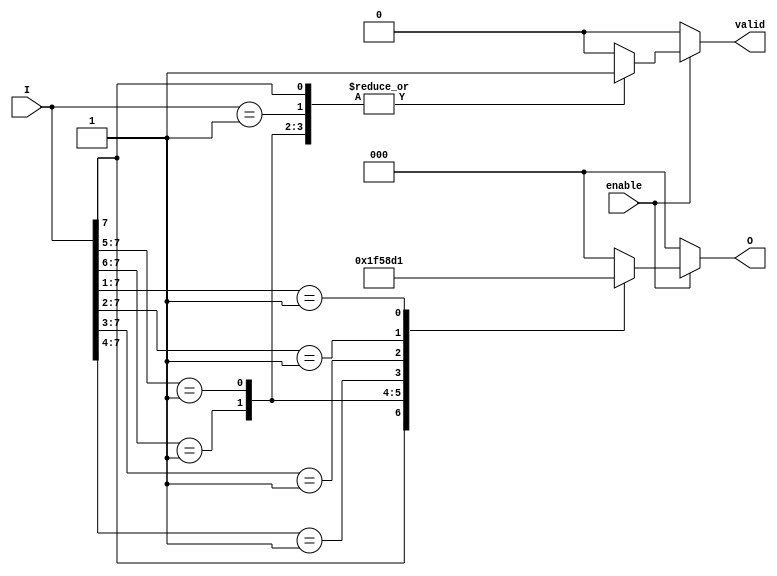
module octal_to_binary_encoder (
    input wire [7:0] I,      // 8-bit octal input
    input wire enable,       // Enable signal
    output reg [2:0] O,      // 3-bit binary output
    output reg valid         // Output valid signal
);

    always @(*) begin
        if (!enable) begin
            O = 3'b000;      // Default output when not enabled
            valid = 1'b0;    // Output is not valid
        end else begin
            casez (I)
                8'b1???????: begin O = 3'b111; valid = 1'b1; end // I7
                8'b01??????: begin O = 3'b110; valid = 1'b1; end // I6
                8'b001?????: begin O = 3'b101; valid = 1'b1; end // I5
                8'b0001????: begin O = 3'b100; valid = 1'b1; end // I4
                8'b00001???: begin O = 3'b011; valid = 1'b1; end // I3
                8'b000001??: begin O = 3'b010; valid = 1'b1; end // I2
                8'b0000001?: begin O = 3'b001; valid = 1'b1; end // I1
                8'b00000001: begin O = 3'b000; valid = 1'b1; end // I0
                default: begin O = 3'b000; valid = 1'b0; end // Invalid state
            endcase
        end
    end

endmodule